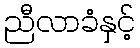
ညီလာခံနှင့်